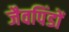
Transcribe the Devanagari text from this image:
जैवपिंडों